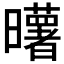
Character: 𰖼